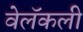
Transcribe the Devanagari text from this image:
वेलॅकली